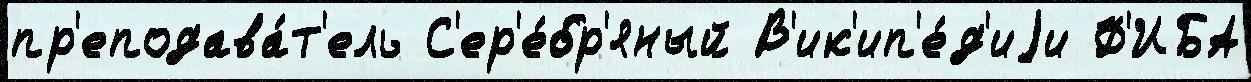
пр'еподава́т'ель С'ер'е́бр'яный В'ик'ип'е́д'иjи Ф'ИБА